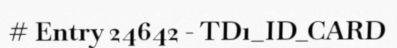
# Entry 24642 - TD1_ID_CARD